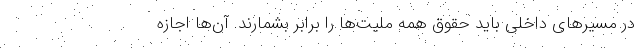
در مسیرهای داخلی باید حقوق همه ملیت‌ها را برابر بشمارند. آن‌ها اجازه